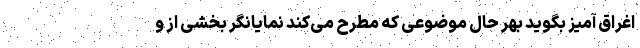
اغراق آمیز بگوید بهر حال موضوعی که مطرح می‌کند نمایانگر بخشی از و